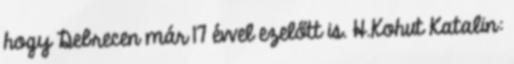
hogy Debrecen már 17 évvel ezelőtt is. H.Kohut Katalin: